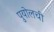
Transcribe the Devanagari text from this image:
पुयोलची